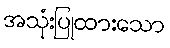
အသုံးပြုထားသော